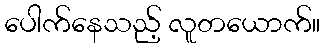
ပေါက်နေသည့် လူတယောက်။